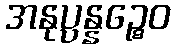
အနုပ္ပန္နဉ္စေဝ